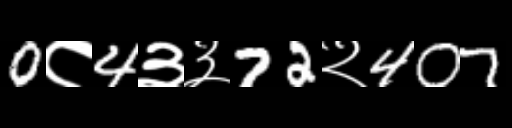
Text: 0८4३३72२407